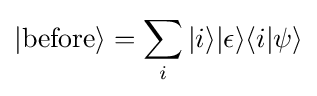
|{\text{before}}\rangle =\sum _{i}|i\rangle |\epsilon \rangle \langle i|\psi \rangle